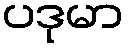
ပဒုမာ